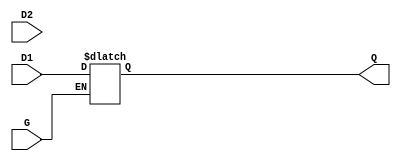
module dual_input_gated_latch (
    input wire D1,    // First data input
    input wire D2,    // Second data input
    input wire G,     // Gate control signal
    output reg Q      // Output that represents the stored value
);

    always @ (G or D1 or D2) begin
        if (G) begin
            // When G is high, select D1 or D2 based on a condition (e.g., priority)
            // Here, we prioritize D1 over D2
            Q <= D1; // You can change this to `D2` if you want to prioritize D2
        end
        // When G is low, Q retains the last value
    end

endmodule